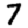
Digit: 7